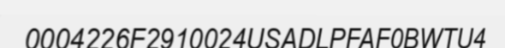
0004226F2910024USADLPFAF0BWTU4